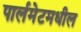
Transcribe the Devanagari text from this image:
पार्लमेटमधील